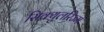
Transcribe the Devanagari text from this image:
सिक्युलरिज्म